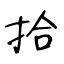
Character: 拾